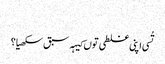
‏
تُسی اپنی غلطی توں کیہہ سبق سکھیا؟